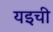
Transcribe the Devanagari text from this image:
यइची